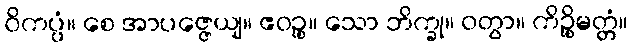
ဝိကပ္ပံ။ စေ အာပဇ္ဇေယျ။ ဧဝဉ္စ။ သော ဘိက္ခု။ ဝတွာ။ ကိဉ္စိမတ္တံ။